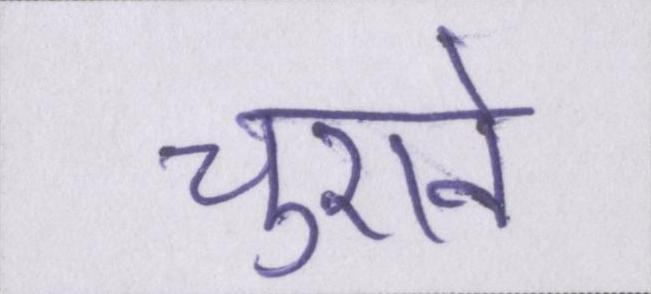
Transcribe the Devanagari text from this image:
चुराने